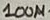
Text: 100µ